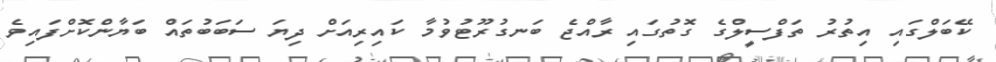
ކޭބަލްގައި އިތުރު ތަފްސީލްގެ ގޮތުގައި ރާއްޖެ ބަނގުރޫޓުވުމާ ކައިރިއަށް ދިޔަ ސަބަބުތައް ބަޔާންކޮށްފައިވެ